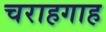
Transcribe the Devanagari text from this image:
चराहगाह